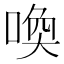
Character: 喚